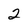
Character: 2